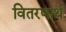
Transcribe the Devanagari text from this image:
वितरणार्थ